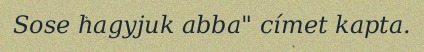
Sose hagyjuk abba" címet kapta.